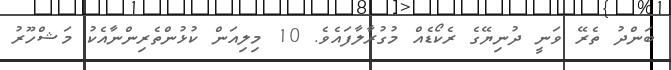
ބަންދު ތެރޭ ވަނީ ދުނިޔޭގެ ރެކޯޑެއް މުގުރާލާފައެވެ. 10 މިލިއަން ކުޅުންތެރިންނާއެކު މަޝްހޫރު